Report on sanitation, dispensaries, and jails in Rajputana for 1917, and on vaccination for the year 1917-1918 - 1917-1918
Year: 1917
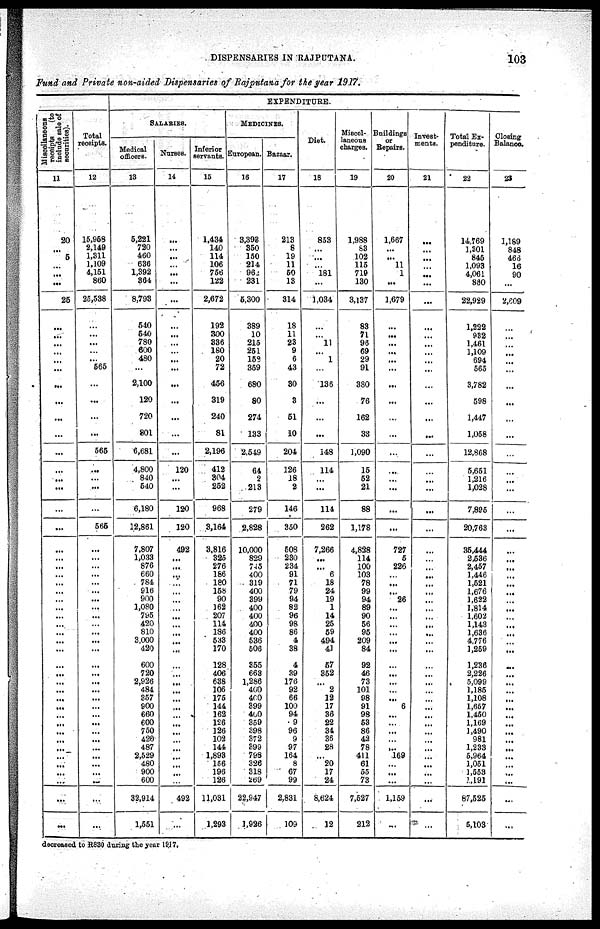
DISPENSARIES IN RAJPUTANA.
103
Fund and Private non-aided Dispensaries of Rajputana for the year 1917.
Miscellaneous
receipts (to
include sale of
securities).
11
20
...
5
...
...
...
25
...
...
...
...
...
...
...
...
...
...
...
...
...
...
...
...
...
...
...
...
...
...
...
...
...
...
...
...
...
...
...
...
...
...
...
...
...
...
...
...
...
...
...
...
...
...
Total
receipts.
12
15,958
2,149
1,311
1,109
4,151
860
25,538
...
...
...
...
...
565
...
...
...
...
565
...
...
...
...
565
...
...
...
...
...
...
...
...
... ...
...
...
...
...
...
...
...
...
...
...
...
...
...
...
...
...
...
...
...
...
EXPENDITURE.
SALARIES.
Medical
officers.
13
5,221
720
460
636
1,392
364
8,793
540
540
780
600
480
...
2,100
120
720
801
6,681
4,800
840
540
6,180
12,861
7,807
1,033
876
660
784
916
900
1,080
795
420
810
3,000
420
600
720
2,926
484
357
900
660
600
760
420
487
2,529
480
900
600
32,914
1,551
Nurses.
14
...
...
...
...
...
...
...
...
...
...
...
...
...
...
...
...
...
...
120
...
...
120
120
492
...
...
...
...
...
...
...
...
...
...
...
...
...
...
...
...
...
...
...
...
...
...
...
...
...
...
...
492
...
Inferior
servants.
15
1,434
140
114
106
756
122
2,672
192
300
336
180
20
72
456
319
240
81
2,196
412
304
252
968
3,164
3,816
325
276
186
180
158
90
162
207
114
186
533
170
128
406
638
106
175
144
162
126
126
102
144
1,898
156
196
126
11,031
1,293
MEDICINES.
European.
16
8,303
350
150
214
962
231
5,300
389
10
215
251
159
359
680
80
274
133
2,549
64
2
218
279
2,828
10,000
829
745
400
319
400
399
400
400
400
400
536
506
355
663
1,286
400
400
399
400
359
398
372
399
798
326
318
269
22,947
1,926
Bazaar.
17
213
8
19
11
50
13
314
18
11
23
9
6
43
30
3
51
10
204
126
18
2
146
350
508
230
234
91
71
79
94
82
96
98
86
4
38
4
39
176
92
66
100
94
9
96
9
97
164
8
67
99
2,831
109
Diet
18
853
...
...
...
181
...
1,034
...
...
11
...
1
...
136
...
...
...
148
114
...
...
114
262
7,266
...
...
6
18
24
19
1
14
25
59
494
41
57
352
...
2
12
17
36
22
34
36
28
...
20
17
24
8,624
12
Miscel-
laneous
charges.
19
1,988
83
102
115
719
130
3,137
83
71
96
69
29
91
380
76
162
33
1,090
15
52
21
88
1,178
4,828
114
100
103
78
99
94
89
90
56
95
209
84
92
46
73
101
98
91
98
53
86
42
78
411
61
55
73
7,527
212
Buildings
or
Repairs.
20
1,667
...
...
11
1
...
1,679
...
...
...
...
...
...
...
...
...
...
...
...
...
...
...
...
727
5
226
...
...
...
26
...
...
...
...
...
...
...
...
...
...
...
6
...
...
...
...
...
169
...
...
...
1,159
...
Invest¬
ments.
21
...
...
...
...
...
...
...
...
...
...
...
...
...
...
...
...
...
...
...
...
...
...
...
...
...
...
...
...
...
...
...
...
...
...
...
...
...
...
...
...
...
...
...
...
...
...
...
...
...
...
...
...
...
Total Ex-
penditure.
22
14,769
1,301
845
1,093
4,061
860
22,929
1,222
932
1,461
1,109
694
565
3,782
598
1,447
1,058
12,868
5,651
1,216
1,038
7,895
20,763
36,444
2,536
2,457
1,446
1,521
1,676
1,622
1,814
1,602
1,143
1,636
4,776
1,259
1,236
2,226
5,099
1,185
1,108
1,657
1,450
1,169
1,490
981
1,233
5,964
1,051
1,553
7,191
87,525
5,103
Closing
Balance.
23
1,189
848
466
16
90
...
2,609
...
...
...
...
...
...
...
...
...
...
...
...
...
...
...
...
...
...
...
...
...
...
...
...
...
...
...
...
...
...
...
...
...
...
...
...
...
...
...
...
...
...
...
...
...
...
decreased to R830 during the year 1917.